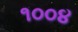
૧૦૦૪